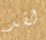
لقد